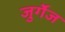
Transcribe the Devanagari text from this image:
जुर्गेज